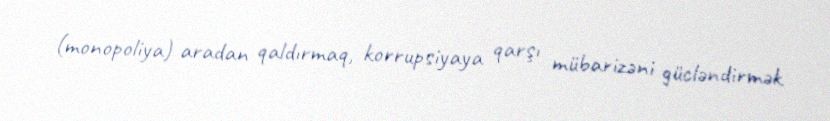
(monopoliya) aradan qaldırmaq, korrupsiyaya qarşı mübarizəni gücləndirmək